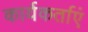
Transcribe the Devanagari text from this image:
कार्यकर्ताएं